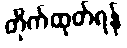
တိုက်ထုတ်ရန်